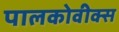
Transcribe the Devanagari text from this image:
पालकोवीक्स